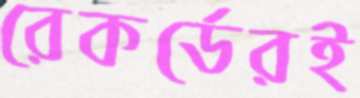
রেকর্ডেরই